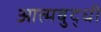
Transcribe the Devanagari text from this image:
आत्मबुद्धी